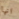
انها